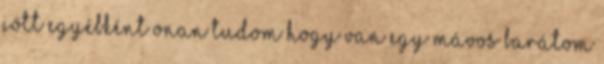
jött egyébként onan tudom hogy van egy mávos barátom